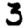
Digit: 3